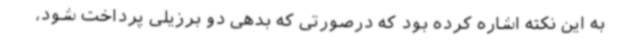
به این نکته اشاره کرده بود که درصورتی که بدهی دو برزیلی پرداخت شود،